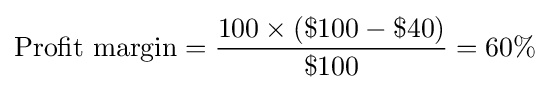
{\text{Profit margin}}={\frac {100\times (\$100-\$40)}{\$100}}=60\%